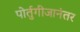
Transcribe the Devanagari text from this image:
पोर्तुगीजानंतर